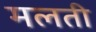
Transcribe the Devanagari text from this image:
मलती